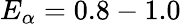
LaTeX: E_{\alpha}=0.8-1.0